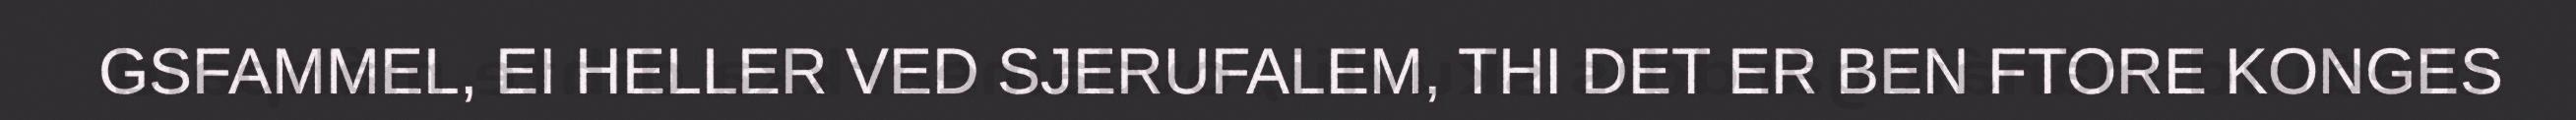
GSFAMMEL, EI HELLER VED SJERUFALEM, THI DET ER BEN FTORE KONGES